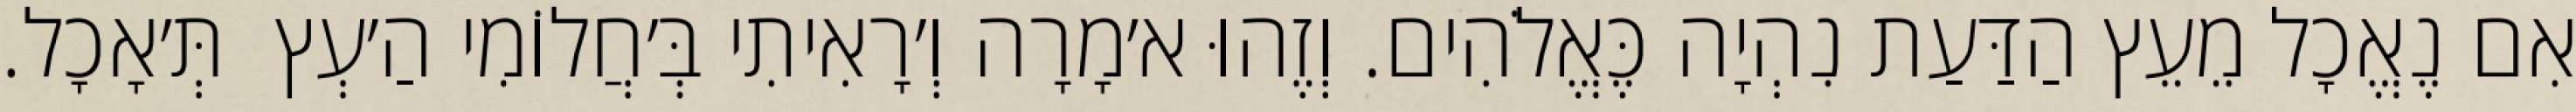
אִם נֶאֱכָל מֵעֵץ הַדַּעַת נִהְיָה כֶּאֱלֹהִים. וְזֶהוּ א׳מָרָה וְ׳רָאִיתִי בְּ׳חֲלוֹמִי הַ׳עְץ  תְּ׳אָכָל.